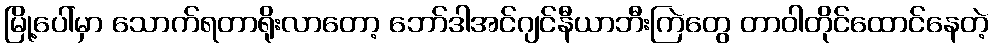
မြို့ပေါ်မှာ သောက်ရတာရိုးလာတော့ ဘော်ဒါအင်ဂျင်နီယာဘီးကြဲတွေ တာဝါတိုင်ထောင်နေတဲ့